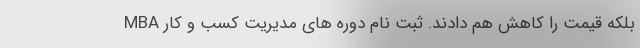
بلکه قیمت را کاهش هم دادند. ثبت نام دوره های مديريت كسب و كار MBA